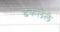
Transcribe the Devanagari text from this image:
ढकलेले